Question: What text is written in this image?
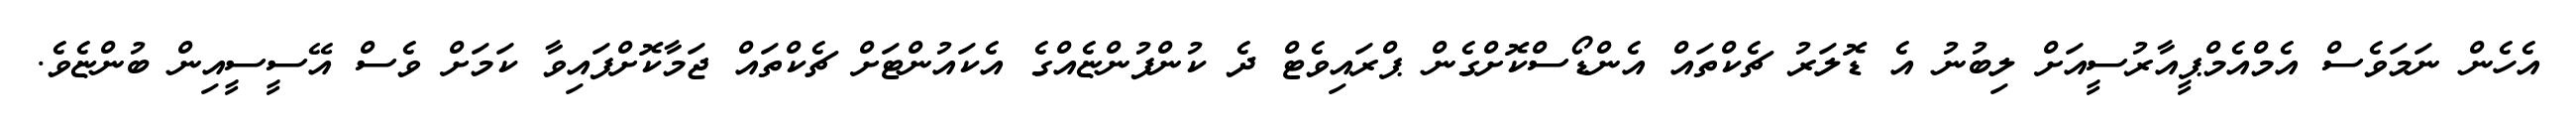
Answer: އެހެން ނަމަވެސް އެމްއެމްޕީއާރުސީއަށް ލިބުނު އެ ޑޮލަރު ޗެކްތައް އެންޑޯސްކޮށްގެން ޕްރައިވެޓް ދެ ކުންފުންޏެއްގެ އެކައުންޓަށް ޗެކްތައް ޖަމާކޮށްފައިވާ ކަމަށް ވެސް އޭސީސީއިން ބުންޏެވެ.